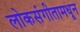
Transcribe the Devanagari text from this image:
लोकसंगीतामधून